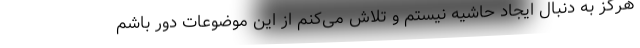
هرگز به دنبال ایجاد حاشیه نیستم و تلاش می‌کنم از این موضوعات دور باشم